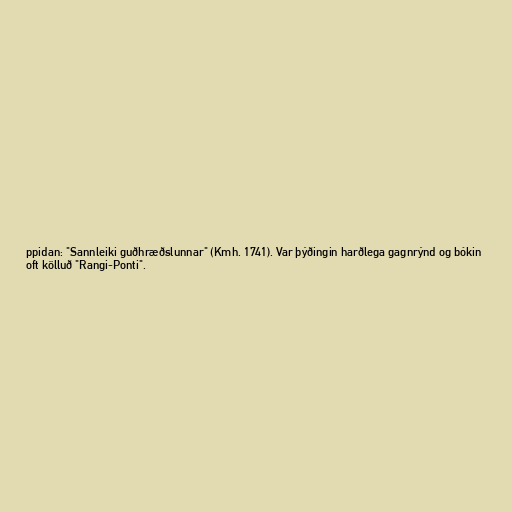
ppidan: "Sannleiki guðhræðslunnar" (Kmh. 1741). Var þýðingin harðlega gagnrýnd og bókin
oft kölluð "Rangi-Ponti".